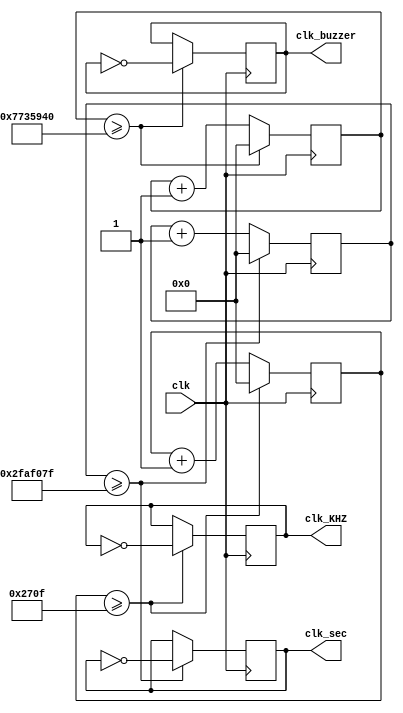
`timescale 1ns / 1ps
//////////////////////////////////////////////////////////////////////////////////
// Company: 
// Engineer: 
// 
// Design Name: 
// Module Name: clk_div
// Project Name: 
// Target Devices: 
// Tool Versions: 
// Description: 
// 
// Dependencies: 
// 
// Revision:
// Revision 0.01 - File Created
// Additional Comments:
// 
//////////////////////////////////////////////////////////////////////////////////

module clk_div(clk,clk_sec,clk_KHZ,clk_buzzer);
input  wire clk;
output reg  clk_KHZ=0;//
output reg  clk_sec=0;  //
output reg  clk_buzzer=0;  //
reg   [35:0]counter1,counter2,counter3;
    always@(posedge clk)      
    begin   
    if(counter1>=9999)   begin    
    counter1=0;
    clk_KHZ=~clk_KHZ;    
      end
    else  counter1=counter1+1;
    end
    
    always@(posedge clk)
    begin   
    if(counter2>=49999999)   begin
    counter2=0;
    clk_sec=~clk_sec;
      end
    else  counter2=counter2+1;
    end
    
     always@(posedge clk)      
       begin   
       if(counter3>=125_000_000)   begin    
       counter3=0;
       clk_buzzer=~clk_buzzer;    
         end
       else  counter3=counter3+1;
       end
endmodule